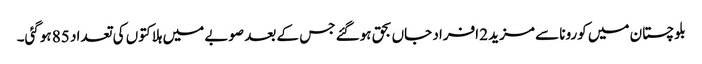
بلوچستان میں کورونا سے مزید 2 افراد جاں بحق ہوگئے جس کے بعد صوبے میں ہلاکتوں کی تعداد 85 ہوگئی۔